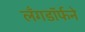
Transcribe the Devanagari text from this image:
लँगडॉर्फने